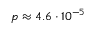
p \approx 4 . 6 \cdotp 1 0 ^ { - 5 }